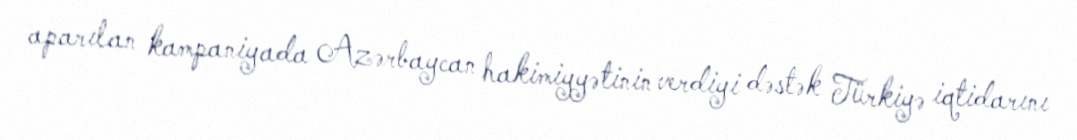
aparılan kampaniyada Azərbaycan hakimiyyətinin verdiyi dəstək Türkiyə iqtidarını